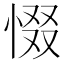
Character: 惙